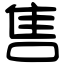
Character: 售